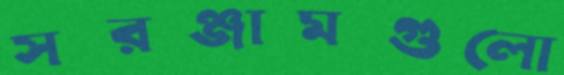
সরঞ্জামগুলো